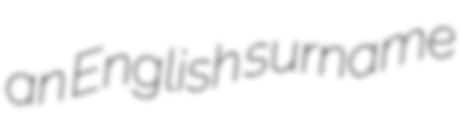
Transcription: an English surname